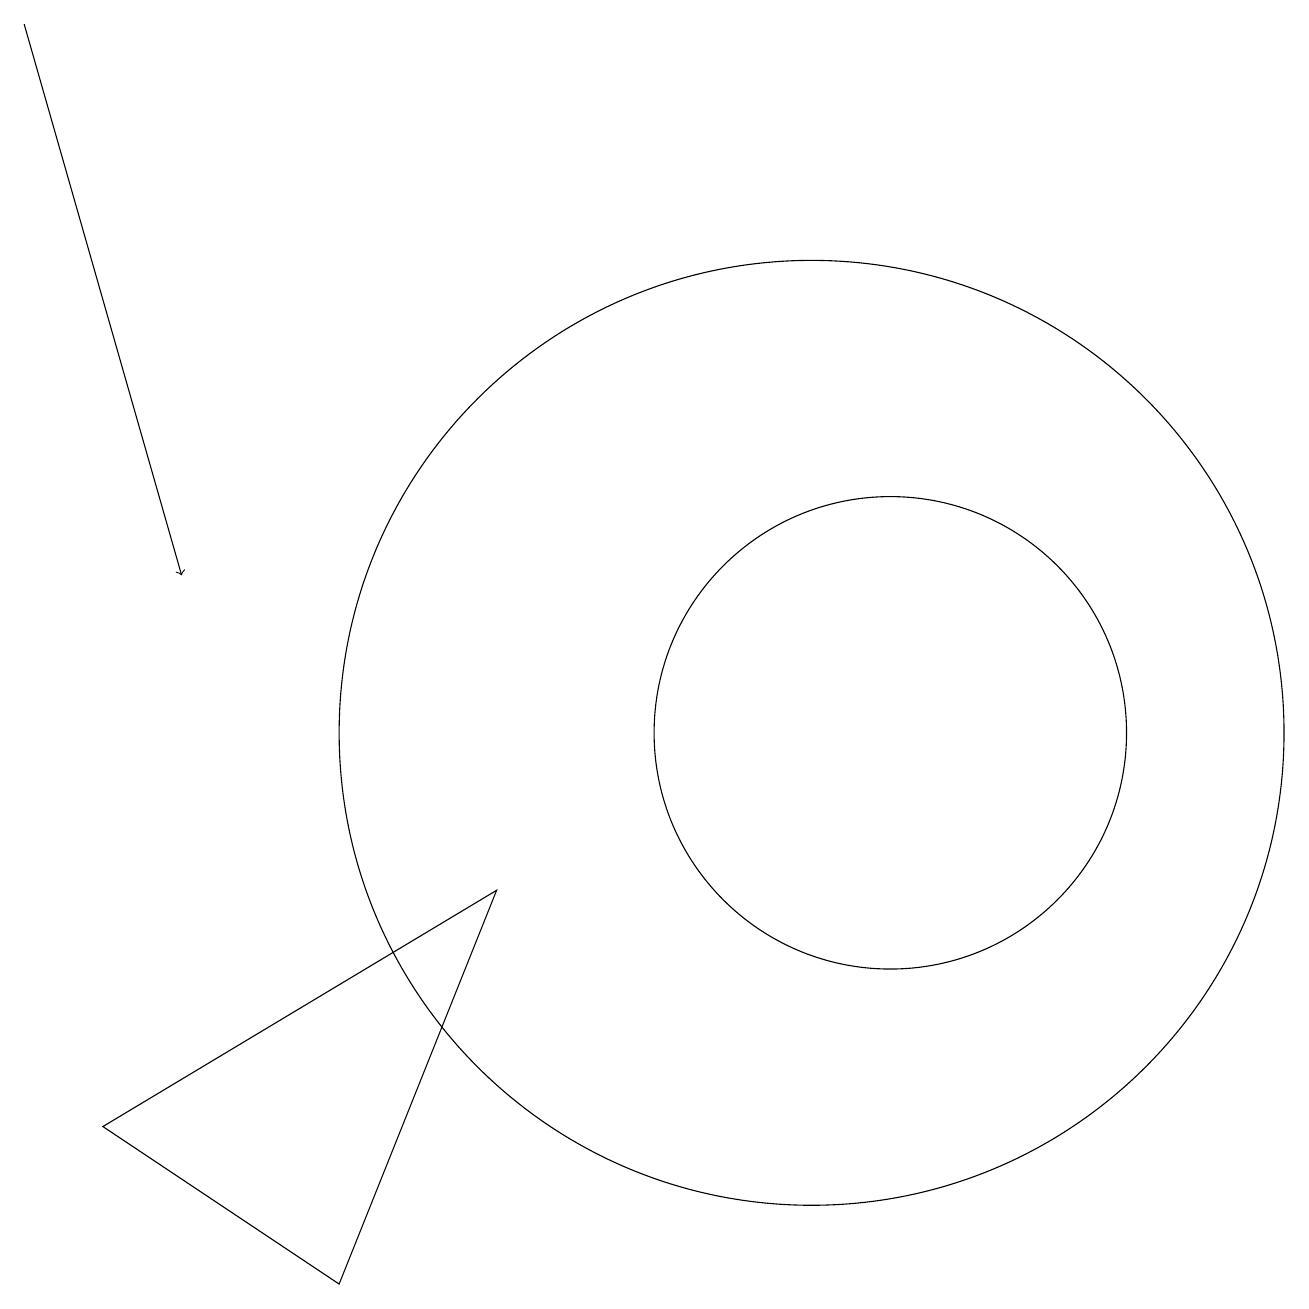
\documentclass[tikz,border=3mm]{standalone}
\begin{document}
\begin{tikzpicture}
\draw (11,11) circle (0);
\draw (12,10) circle (3);
\draw[->] (1,19) -- (3,12);
\draw (5,3) -- (7,8) -- (2,5) -- cycle;
\draw (11,10) circle (6);
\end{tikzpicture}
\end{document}